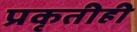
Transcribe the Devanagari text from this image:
प्रकृतीही